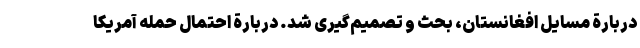
دربارة مسایل افغانستان، بحث و تصمیم‌گیری شد. دربارة احتمال حمله آمریکا